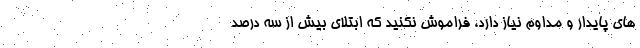
های پایدار و مداوم نیاز دارد، فراموش نکنید که ابتلای بیش از سه درصد